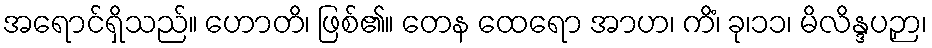
အရောင်ရှိသည်။ ဟောတိ၊ ဖြစ်၏။ တေန ထေရော အာဟ၊ ကိံ၊ ခု၊၁၁၊ မိလိန္ဒပဉှာ၊